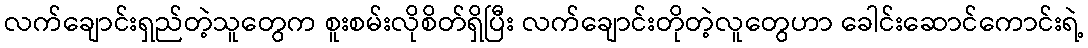
လက်ချောင်းရှည်တဲ့သူတွေက စူးစမ်းလိုစိတ်ရှိပြီး လက်ချောင်းတိုတဲ့လူတွေဟာ ခေါင်းဆောင်ကောင်းရဲ့